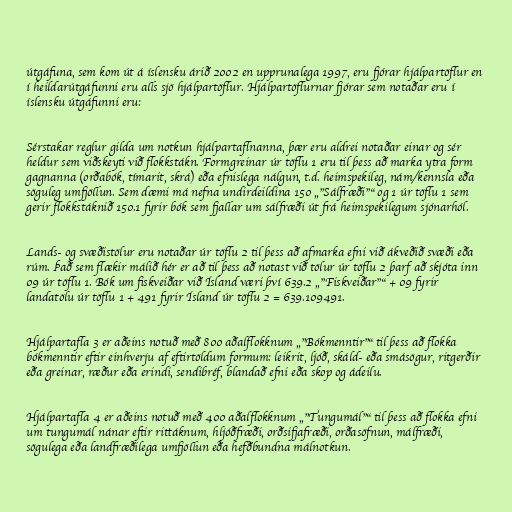
útgáfuna, sem kom út á íslensku árið 2002 en upprunalega 1997, eru fjórar hjálpartöflur en
í heildarútgáfunni eru alls sjö hjálpartöflur. Hjálpartöflurnar fjórar sem notaðar eru í
íslensku útgáfunni eru:

Sérstakar reglur gilda um notkun hjálpartaflnanna, þær eru aldrei notaðar einar og sér
heldur sem viðskeyti við flokkstákn. Formgreinar úr töflu 1 eru til þess að marka ytra form
gagnanna (orðabók, tímarit, skrá) eða efnislega nálgun, t.d. heimspekileg, nám/kennsla eða
söguleg umfjöllun. Sem dæmi má nefna undirdeildina 150 „"Sálfræði"“ og 1 úr töflu 1 sem
gerir flokkstáknið 150.1 fyrir bók sem fjallar um sálfræði út frá heimspekilegum sjónarhól.

Lands- og svæðistölur eru notaðar úr töflu 2 til þess að afmarka efni við ákveðið svæði eða
rúm. Það sem flækir málið hér er að til þess að notast við tölur úr töflu 2 þarf að skjóta inn
09 úr töflu 1. Bók um fiskveiðar við Ísland væri því 639.2 „"Fiskveiðar"“ + 09 fyrir
landatölu úr töflu 1 + 491 fyrir Ísland úr töflu 2 = 639.109491.

Hjálpartafla 3 er aðeins notuð með 800 aðalflokknum „"Bókmenntir"“ til þess að flokka
bókmenntir eftir einhverju af eftirtöldum formum: leikrit, ljóð, skáld- eða smásögur, ritgerðir
eða greinar, ræður eða erindi, sendibréf, blandað efni eða skop og ádeilu.

Hjálpartafla 4 er aðeins notuð með 400 aðalflokknum „"Tungumál"“ til þess að flokka efni
um tungumál nánar eftir rittáknum, hljóðfræði, orðsifjafræði, orðasöfnun, málfræði,
sögulega eða landfræðilega umfjöllun eða hefðbundna málnotkun.